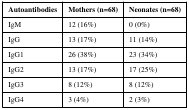
<table><thead><tr><td><b>Autoantibodies</b></td><td><b>Mothers (n=68)</b></td><td><b>Neonates (n=68)</b></td></tr></thead><tbody><tr><td>IgM</td><td>12 (16%)</td><td>0 (0%)</td></tr><tr><td>IgG</td><td>13 (17%)</td><td>11 (14%)</td></tr><tr><td>IgG1</td><td>26 (38%)</td><td>23 (34%)</td></tr><tr><td>IgG2</td><td>13 (17%)</td><td>17 (25%)</td></tr><tr><td>IgG3</td><td>8 (12%)</td><td>8 (12%)</td></tr><tr><td>IgG4</td><td>3 (4%)</td><td>2 (3%)</td></tr></tbody></table>